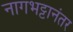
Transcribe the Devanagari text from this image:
नागभट्टानंतर